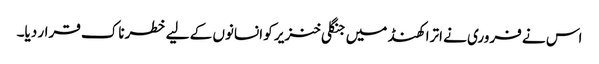
اس نے فروری نے اترا کھنڈ میں جنگلی خنزیر کو انسانوں کے لیے خطرناک قرار دیا۔